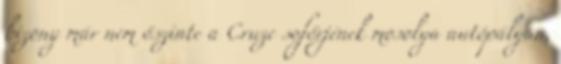
bizony már nem őszinte a Cruze sofőrjének mosolya autópályán,